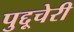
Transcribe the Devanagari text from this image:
पुद्दूचेरी